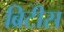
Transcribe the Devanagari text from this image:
ब्रिटीस